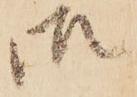
御